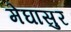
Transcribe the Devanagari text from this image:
मेघासुर